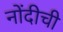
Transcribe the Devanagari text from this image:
नोंदीची